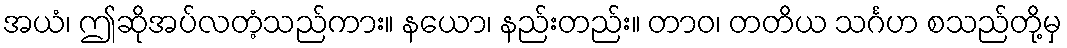
အယံ၊ ဤဆိုအပ်လတံ့သည်ကား။ နယော၊ နည်းတည်း။ တာဝ၊ တတိယ သင်္ဂဟ စသည်တို့မှ